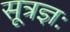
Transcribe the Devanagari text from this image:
सूत्रज्ञः